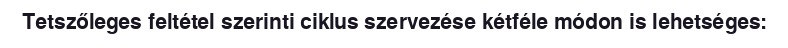
Tetszőleges feltétel szerinti ciklus szervezése kétféle módon is lehetséges: